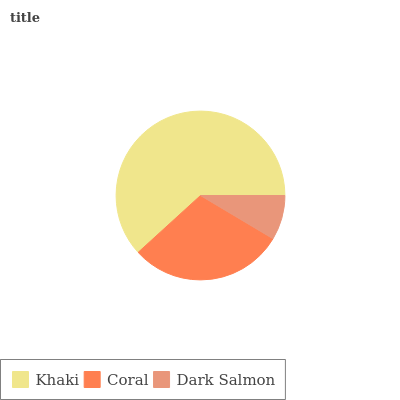
| Khaki | Coral | Dark Salmon |
 | --- | --- | --- |
 | 61.8% | 29.6% | 8.56% |